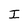
Character: I